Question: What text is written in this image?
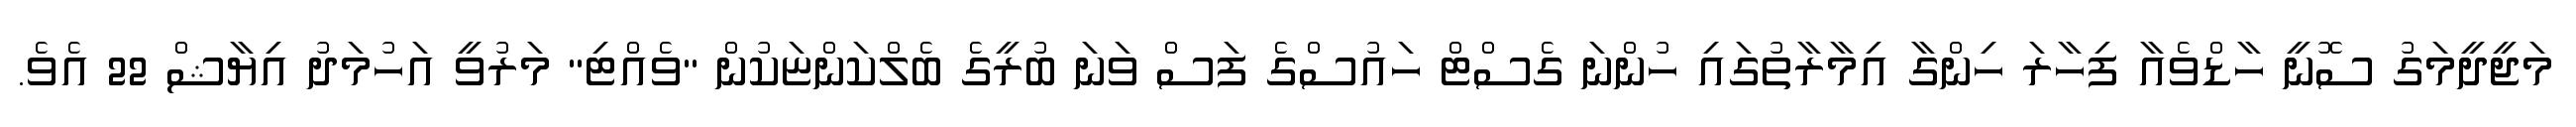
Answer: މަޖީދީމަގު ސޮނީ ހާޑްވެއާ ފިހާރަ ހިންގާ އިމާރާތުގައި ހުންނަ ގެސްޓް ހައުސްގެ ފަސް ވަނަ ބުރީގެ ބެލްކަންޏަކުން "ވެއްޓި" މަރުވީ އަހުމަދު އިޔާޝް 22 އެވެ.